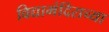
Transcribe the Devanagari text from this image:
विद्यामंदिराच्या